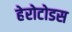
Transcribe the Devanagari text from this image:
हेरोटोडस